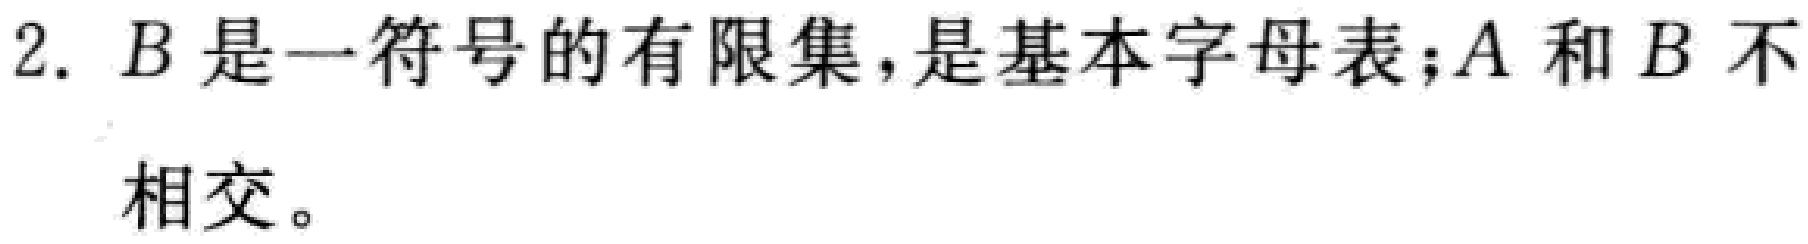
2. \(B\)是一符号的有限集，是基本字母表；\(A\)和\(B\)不相交。